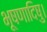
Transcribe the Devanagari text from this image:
भूषणादिषु।